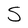
Character: S